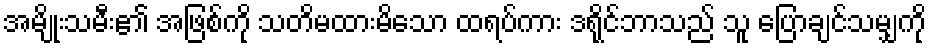
အမျိုးသမီး၏ အဖြစ်ကို သတိမထားမိသော ထရပ်ကား ဒရိုင်ဘာသည် သူ ပြောချင်သမျှကို